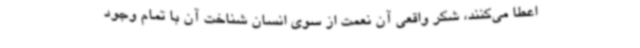
اعطا می‌کنند، شکر واقعی آن نعمت از سوی انسان شناخت آن با تمام وجود